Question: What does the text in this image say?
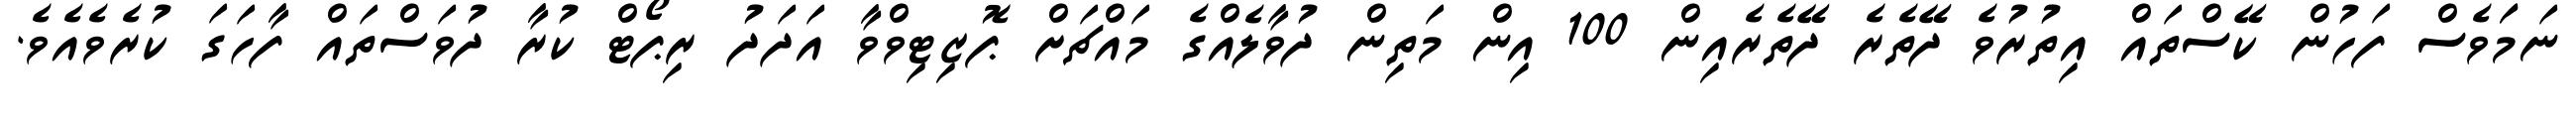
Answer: ނަމަަވެސް ފަހުން ކޭސްތައް އިތުރުވެ ދޭތެރެ ދޭތެރެއިން 100 އިން މަތިން ދުވާލެއްގެ މައްޗަށް ޕޮޒިޓިވްވާ އަދަދު ރިޕޯޓް ކުރާ ދުވަސްތައް ފާހަގަ ކުރެވެއެވެ.